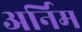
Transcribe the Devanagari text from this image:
अर्निम